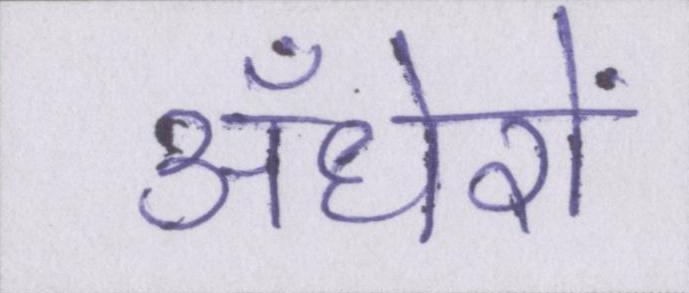
अँधेरों